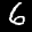
Digit: 6